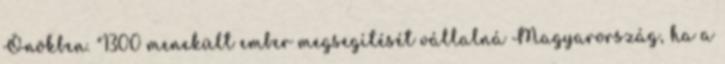
Önökben. "1300 menekült ember megsegítését vállalná Magyarország, ha a